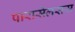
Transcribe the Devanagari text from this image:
पारासेलसस